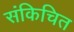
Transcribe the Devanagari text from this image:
संकिचित